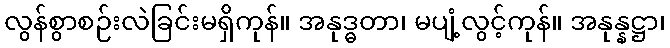
လွန်စွာစဉ်းလဲခြင်းမရှိကုန်။ အနုဒ္ဓတာ၊ မပျံ့လွင့်ကုန်။ အနုန္နဋ္ဌာ၊